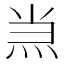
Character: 𱫂